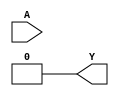
`timescale 1ns/1ps
`celldefine
//
// LUT5 simulation model
// 5-input lookup table (LUT)
//
// Copyright (c) 2023 Rapid Silicon, Inc.  All rights reserved.
//

module LUT5 #(
  parameter [31:0] INIT_VALUE = 32'h00000000 // LUT logic value
) (
  input [4:0] A, // Data Input
  output Y // Data Output
);

  wire [15: 0] s4 = A[4] ? INIT_VALUE[31:16] : INIT_VALUE[15: 0];
  wire [ 7: 0] s3 = A[3] ?   s4[15: 8] :   s4[ 7: 0];
  wire [ 3: 0] s2 = A[2] ?   s3[ 7: 4] :   s3[ 3: 0];
  wire [ 1: 0] s1 = A[1] ?   s2[ 3: 2] :   s2[ 1: 0];
  assign Y = A[0] ? s1[1] : s1[0];


endmodule
`endcelldefine